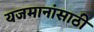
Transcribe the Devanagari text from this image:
यजमानांसाठी